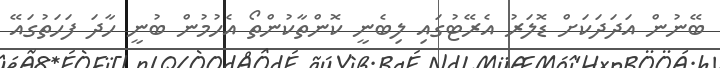
ބޭނުން އަދަދަކަށް ޑޮލަރު އެރޭޓުގައި ލިބެނީ ކޮންތާކުންތޯ އެހުމުން ބުނީ ހާދަ ފަހަތުގައޭ